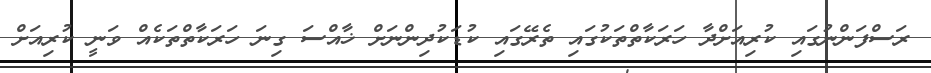
ރަސްފަންނުގައި ކުރިއަށްދާ ހަރަކާތްތަކުގައި ތެރޭގައި ކުޑަކުދިންނަށް ޚާއްސަ ގިނަ ހަރަކާތްތަކެއް ވަނީ ކުރިއަށް